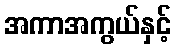
အကာအကွယ်နှင့်